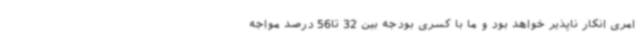
امری انکار ناپذیر خواهد بود و ما با کسری بودجه بین 32 تا56 درصد مواجه